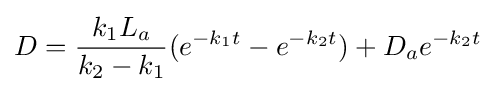
D={\frac {k_{1}L_{a}}{k_{2}-k_{1}}}(e^{-k_{1}t}-e^{-k_{2}t})+D_{a}e^{-k_{2}t}